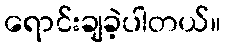
ရောင်းချခဲ့ပါတယ်။